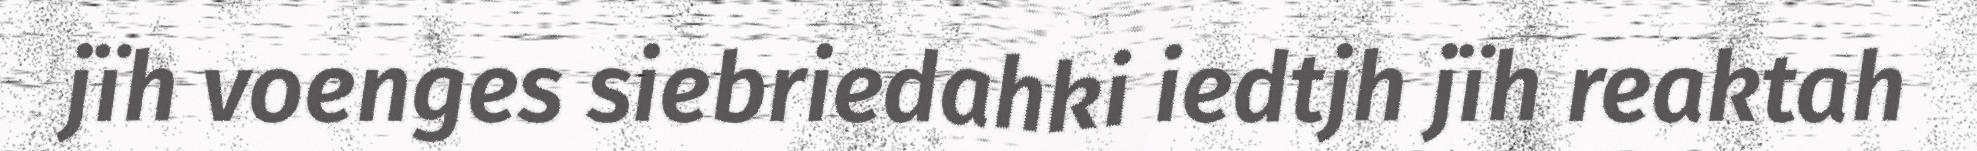
jïh voenges siebriedahki iedtjh jïh reaktah